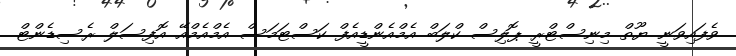
ވެފައިވަނީ ޔޫތް މިނިސްޓްރީ ޕޮލިސް ކްލަބް އެމްއެންޑީއެެފް ކަސްޓަމަސް އެމްއެމްއޭ އޮފިސަލް ރެސިޑެންޓް